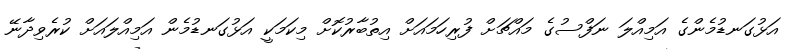
އަޅުގަނޑުމެންގެ އަމިއްލަ ނަފްސުގެ މައްޗަށް ފުރިހަމައަށް އިތުބާރުކޮށް މިކަމަކީ އަޅުގަނޑުމެން އަމިއްލައަށް ކުރެވިދާނޭ